Annual administration report of the Civil Veterinary Department of India - 1898-1899
Year: 1898
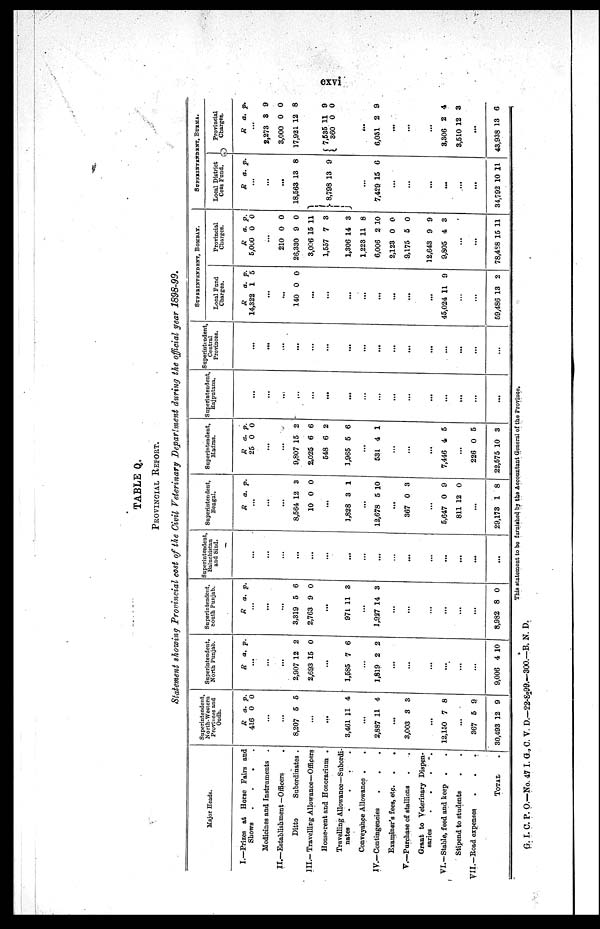
cxvi
TABLE Q.
PROVINCIAL REPORT.
Statement showing Provincial cost of the Civil Veterinary Department during the official year 1898-99.
Major Heads.
I.—Prizes at Horse Fairs and
Shows
.
.
.
.
Medicines and Instruments
II.—Establishment—Officers .
Ditto
Subordinates .
III.—Travelling Allowance—Officers
House-rent and Honorarium .
Travelling Allowance—Subordi-
nates
.
.
.
.
Conveyance Allowance .
.
IV.—Contingencies
.
.
.
Examiner's fees, etc.
.
.
V.—Purchase of stallions
Grant to Veterinary Dispen-
saries
.
.
.
.
VI.—Stable, feed and keep . .
Stipend to students
VII.—Road expenses
.
.
.
TOTAL .
Superintendent
North-Western
Provinces and
Oudh.
R
416
a.
0
p.
0
...
...
8,207 5 5
...
...
3,461 11 4
...
2,887 11 4
...
3,003 3 3
...
12,150 7 8
...
367
30,493
5
12
9
9
Superintendent
North Punjab.
R
a. p.
...
...
...
2,907
2,693
12
15
2
0
...
1,585 7 6
....
1,819 2 2
...
...
...
...
...
...
9,006 4 10
Superintendent
south Pujab.
R
a. p.
...
...
...
3,319
2,763
5
9
6
0
...
971 11 3
...
1,927 14 3
...
...
...
...
...
...
8,982
8 0
Superintendent,
Baluchistan
and Siud.
...
...
...
...
...
...
...
...
...
...
...
...
...
...
...
...
Superintendent
Bengal.
R a. p.
...
...
...
8,564
10
12
0
3
0
...
1,828 3 1
...
12,678 5 10
...
367 0 3
...
5,647
811
0
12
9
0
...
29,173 1 8
Superintendent
Madras.
R
25
a.
0
p.
0
...
...
9,807
2,025
548
1,965
15
6
6
5
2
6
2
6
...
531 4 1
...
...
...
7,446 4 5
...
226
22,575
0
10
5
3
Superintendent,
Rajputana.
...
...
...
...
...
...
...
...
...
...
...
...
...
...
...
...
Superintendent,
Central
Provinces.
...
...
...
...
...
...
...
...
...
...
...
...
...
...
...
...
SUPERINTENDENT, BOMBAY.
Local Fund
Charges.
R
14,322
a.
1
p.
5
...
...
140 0 0
...
...
...
...
...
...
...
...
45,024 11 9
...
...
59,486 13 2
Provincial
Charges.
R
5,000
a.
0
p.
0
...
210
26,330
3,006
1,557
1,306
1,223
6,006
2,123
9,175
12,643
9,805
0
9
15
7
14
11
2 1
0
5
9
4
0
0
11
3
3
8
0
0
0
9
3
...
...
78,488 15 11
SUPERINTENDENT, BURMA.
Local District
Cess Fund.
R
a. p.
...
...
...
18,563
8,798
13
13
8
9
...
7,429 15 6
...
...
...
...
...
...
34,792 10 11
Provincial
Charges
R a. p.
...
2,273
3,000
17,921
3
0
12
9
0
8
7,535
360
11
0
9
0
...
6,031 2 9
...
...
...
3,306
3,510
2
12
4
3
...
43,938 13 6
This statement to be furnished by the Accountant General of the Proviuce.
G. I. C. P. O.—No. 47 I. G., C. V. D.—22-8-99.—300.—B. N. D.